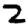
Digit: 2